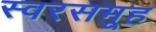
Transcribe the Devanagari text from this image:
स्वरसमूह